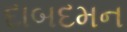
દાબદમન